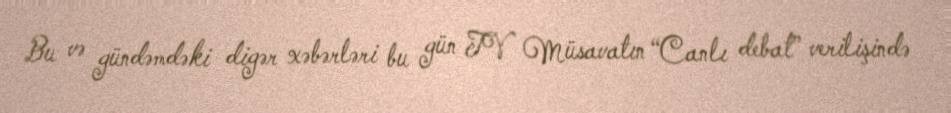
Bu və gündəmdəki digər xəbərləri bu gün TV Müsavatın “Canlı debat” verilişində